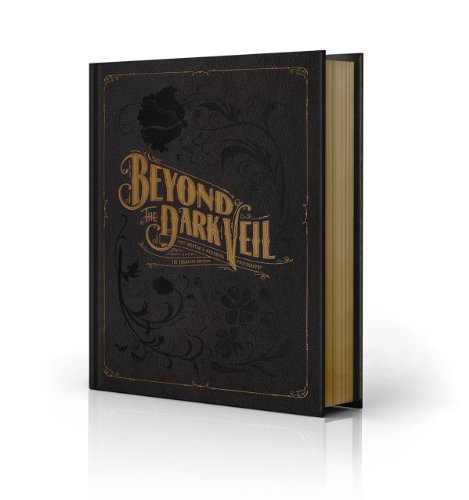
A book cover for Beyond the Dark Veil: Post Mortem & Mourning Photography from The Thanatos Archive; Jack Mord; Arts & Photography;